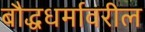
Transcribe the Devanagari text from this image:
बौद्धधर्मावरील